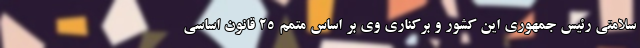
سلامتی رئیس جمهوری این کشور و برکناری وی بر اساس متمم ۲۵ قانون اساسی